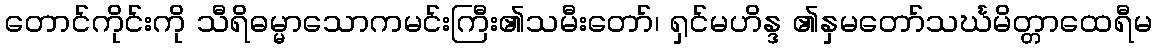
တောင်ကိုင်းကို သီရိဓမ္မာသောကမင်းကြီး၏သမီးတော်၊ ရှင်မဟိန္ဒ ၏နှမတော်သင်္ဃမိတ္တာထေရီမ